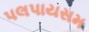
પલપાયસમ